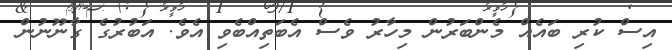
އިސް ކުރި ބައެއް މެންބަރުން މިހާރު ވެސް އެބަތިއްބެވި އެވެ. އަބުރުގެ ގާނޫނުން